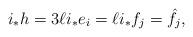
LaTeX: \begin{align*}i_\ast h = 3\ell i_\ast e_i = \ell i_\ast f_j = \hat{f}_j,\end{align*}